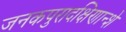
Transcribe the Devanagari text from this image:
जनकपुरादक्षिणान्शे